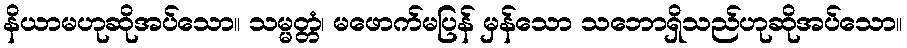
နိယာမဟုဆိုအပ်သော။ သမ္မတ္တံ၊ မဖောက်မပြန် မှန်သော သဘောရှိသည်ဟုဆိုအပ်သော။